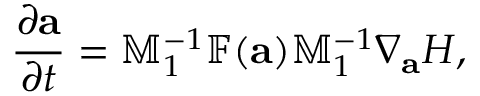
\frac { \partial { \mathbf a } } { \partial t } = \mathbb { M } _ { 1 } ^ { - 1 } \mathbb { F } ( { \mathbf a } ) \mathbb { M } _ { 1 } ^ { - 1 } \nabla _ { \mathbf a } H ,